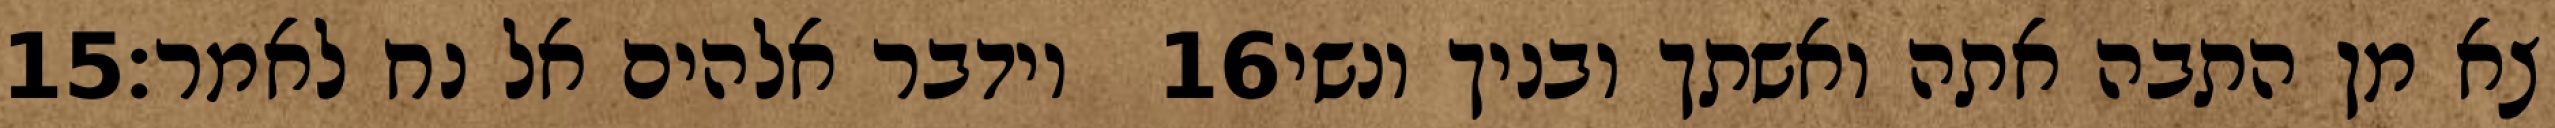
‎15‏ וידבר אלהים אל נח לאמר׃ ‎16‏ צא מן התבה אתה ואשתך ובניך ונשי